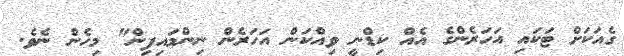
ގެއަކަށް ޓަކައި އަހަރެންގެ އެއް ކިޑްނީ ވިއްކަން އަހަރެން ނިންމައިފިން" މިހެން ނެވެ.